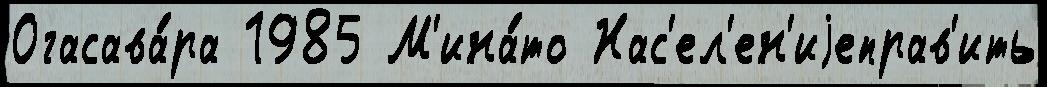
Огасава́ра 1985 М'ина́то Нас'ел'ен'иjеправ'ить